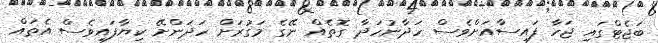
ބަޖެޓްގައި ޖަހާ ފައިސާއަށްވެސް ހަދާނުހަދާ ގޮތެއް ނޭގެ މަގުރަށް ހަދަންށޭ ކިޔާފައިވެސް އެތައް